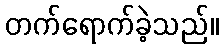
တက်ရောက်ခဲ့သည်။